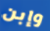
وإبن